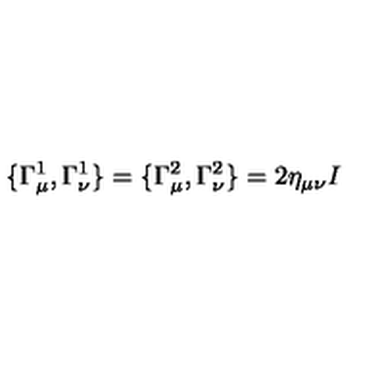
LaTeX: \{ \Gamma _ { \mu } ^ { 1 } , \Gamma _ { \nu } ^ { 1 } \} = \{ \Gamma _ { \mu } ^ { 2 } , \Gamma _ { \nu } ^ { 2 } \} = 2 \eta _ { \mu \nu } I